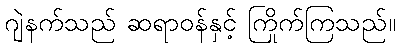
ဂျဲနက်သည် ဆရာဝန်နှင့် ကြိုက်ကြသည်။